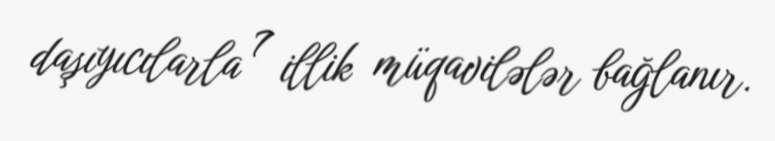
daşıyıcılarla 7 illik müqavilələr bağlanır.